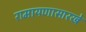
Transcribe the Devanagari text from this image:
रामायणासारखे